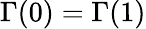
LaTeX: \Gamma(0)=\Gamma(1)